Vaccination in Bombay 1856-1862 - 1856-1862
Year: 1856
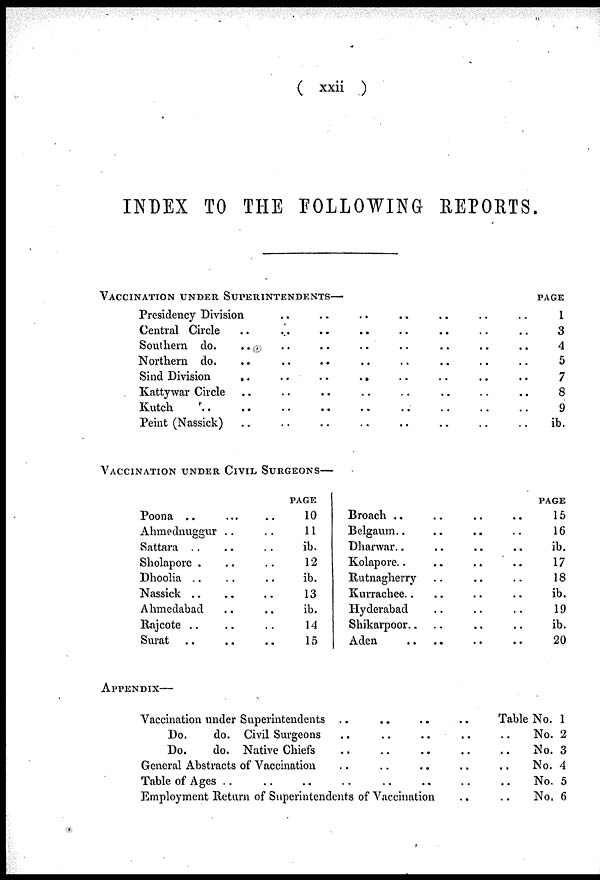
( xxii )
INDEX TO THE FOLLOWING REPORTS.
VACCINATION UNDER SUPERINTENDENTS—
Presidency Division .. .. .. .. .. .. ..
Central Circle .. .. .. .. .. .. .. ..
Southern do.
..
..
.. .. .. .. .. ..
Northern do. .. .. .. .. .. .. .. ..
Sind Division
..
..
..
.. .. .. .. ..
Kattywar Circle .. .. .. .. .. .. .. ..
Kutch
..
..
..
..
..
..
..
..
..
Peint (Nassick) .. .. .. .. .. .. .. .. ..
PAGE
1
3
4
5
7
8
9
ib.
VACCINATION UNDER CIVIL SURGEONS—
Poona ..
...
..
Ahmednuggur .. ..
Sattara .. .. ..
Sholapore .. ..
Dhoolia .. .. ..
Nassick .. .. ..
Ahmedabad .. ..
Rajcote .. .. ..
Surat .. .. ..
PAGE
10
11
ib.
12
ib.
13
ib.
14
15
Broach .. .. .. ..
Belgaum.. .. .. ..
Dharwar.. .. .. ..
Kolapore.. .. .. ..
Rutnagherry .. .. ..
Kurrachee.. .. .. ..
Hyderabad .. .. ..
Shikarpoor..
.. .. ..
Aden .. .. .. ..
PAGE
15
16
ib.
17
18
ib.
19
ib.
20
APPENDIX—
Vaccination under Superintendents .. .. .. ..
Do.
do. Civil Surgeons
..
..
..
.. ..
Do.
do. Native Chiefs .. .. .. .. ..
General Abstracts of Vaccination .. .. .. .. ..
Table of Ages .. .. .. .. .. .. .. ..
Employment Return of Superintendents of Vaccination .. ..
Table No. 1
No. 2
No. 3
No. 4
No. 5
No. 6